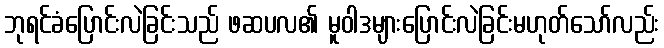
ဘုရင်ခံပြောင်းလဲခြင်းသည် ဖဆပလ၏ မူဝါဒများပြောင်းလဲခြင်းမဟုတ်သော်လည်း